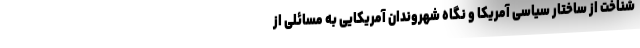
شناخت از ساختار سیاسی آمریکا و نگاه شهروندان آمریکایی به مسائلی از